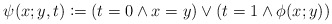
\begin{align*} \psi(x; y, t)\coloneqq (t=0\land x=y)\lor(t=1\land \phi(x; y)) \end{align*}